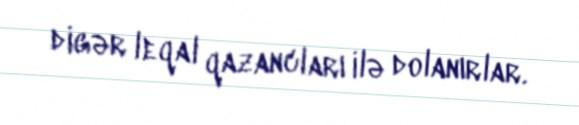
digər leqal qazancları ilə dolanırlar.